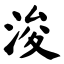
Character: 浚